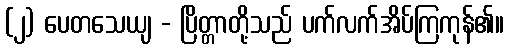
(၂) ပေတသေယျ - ပြိတ္တာတို့သည် ပက်လက်အိပ်ကြကုန်၏။